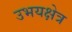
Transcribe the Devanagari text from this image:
उभयक्षेत्र